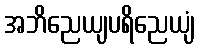
အဘိညေယျပရိညေယျံ